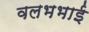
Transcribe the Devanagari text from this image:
वलभभाई